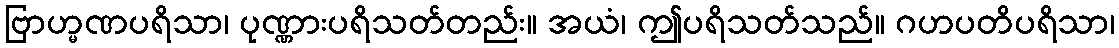
ဗြာဟ္မဏပရိသာ၊ ပုဏ္ဏားပရိသတ်တည်း။ အယံ၊ ဤပရိသတ်သည်။ ဂဟပတိပရိသာ၊